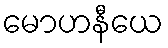
မောဟနီယေ